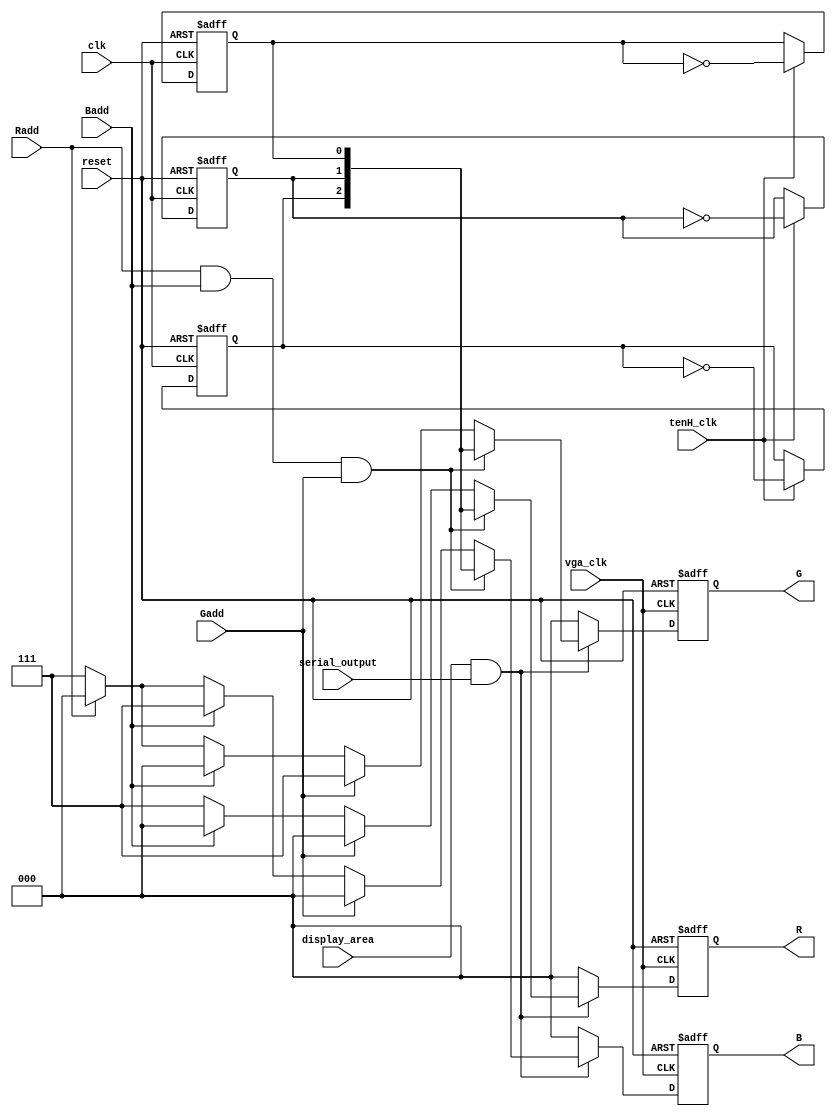
module makeRGB(reset,clk,vga_clk,tenH_clk,display_area,serial_output,Radd,Gadd,Badd,R,G,B);
input reset,clk,vga_clk,tenH_clk,display_area;
input serial_output,Radd,Gadd,Badd;
output reg [2:0]  R,G,B;
reg b1,b2,b3;


//xrisimopoio ton metriti askisis 6 gia ta dekata toy deyteroleptoy 
//gia na paro 10 Hz na anabosvino tin othonh kai na to pianei to mati
always @(posedge clk or posedge reset) begin
 if(reset)
    begin 
     b1 <=0;
	  b2 <=0;
	  b3 <=0;	 
	 end	 
 else if(tenH_clk)
  begin
     b1 <=~b1;
	  b2 <=~b2;
	  b3 <=~b3;
	  
	end  
 end 


always @(posedge vga_clk or posedge reset) //to be replaced with vga_clk?
begin
if (reset)
    begin 
	   R <= 0;
	   G <= 0;
	   B <= 0;
		
    end
else if (display_area & serial_output) 
    begin
	   if(Radd & Badd & Gadd)
	      begin//an exei patithei to O kai tha an anavosvinei o xaraktiras
              //me sixnotita 10 Herz
            R<={b1,b2,b3};
            G<={b1,b2,b3};
            B<={b1,b2,b3};			
          end
		else if(Gadd)	
	     begin //an exei patithei to R tha ginei o xaraktiras prasinos
            R<=3'b000;
            G<=3'b111;
            B<=3'b000;
         end
		else if(Badd)
         begin //mple
            R<=3'b000;
            G<=3'b000;
            B<=3'b111;
         end
		else if(Radd)
		     begin//kokinos
			   R<=3'b111;
            G<=3'b000;
            B<=3'b000;
			  
			  end			
		else
		   begin //den exei ginei epilkogi xromatos h enalaktika
               //exei patithei to O kai o xaraktitas tha epanelhei se aspro
            R<=3'b111;
            G<=3'b111;
            B<=3'b111;
         end
	end
else	
        begin	  
           //ektos display area kai stin othoni olo mayro  
			  R<=3'b000;
           G<=3'b000;
		     B<=3'b000;
			end
end	


endmodule